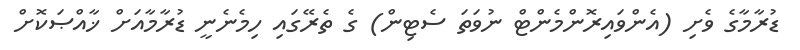
ޑުރާމާގެ ވެށި (އެންވައިރޮންމެންޓް ނުވަތަ ސެޓިން) ގެ ތެރޭގައި ހިމެނެނީ ޑުރާމާއަށް ޚާއްޞަކޮށް